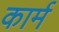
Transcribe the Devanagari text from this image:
कार्म